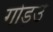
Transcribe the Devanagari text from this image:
गोड़उ